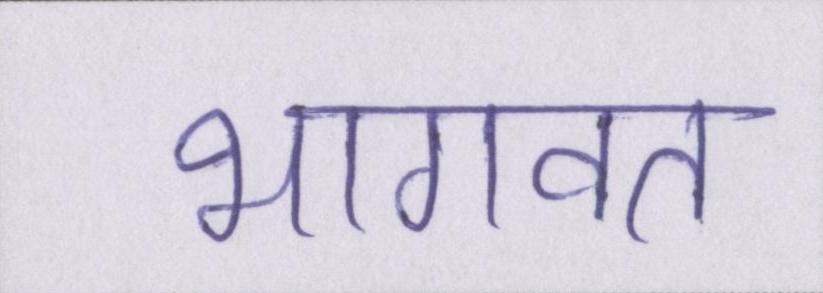
भागवत